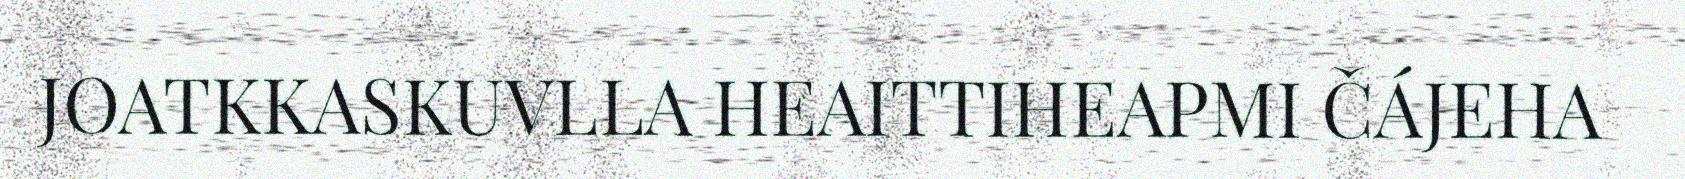
JOATKKASKUVLLA HEAITTIHEAPMI ČÁJEHA